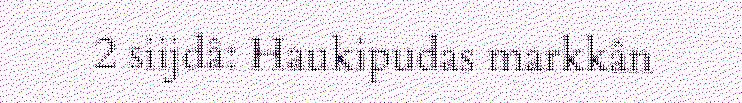
2 siijdâ: Haukipudas markkân